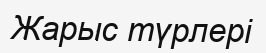
Жарыс түрлері